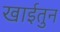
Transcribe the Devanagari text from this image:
खाईतुन